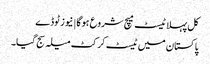
کل پہلا ٹیسٹ میچ شروع ہوگا | نیوز ٹوڈے
پاکستان میں ٹیسٹ کرکٹ میلہ سج گیا۔